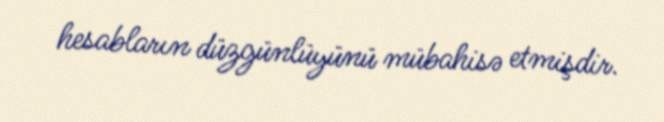
hesabların düzgünlüyünü mübahisə etmişdir.